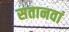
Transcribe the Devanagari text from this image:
सतानवां